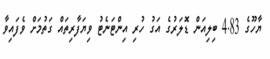
ޔާހޫގެ 4.83 ބިލިއަން ޑޮލަރުގެ އަގު ހުރި އިންޓަނެޓު ވިޔަފާރިތައް ގަތުމަށް ވެފައިވާ